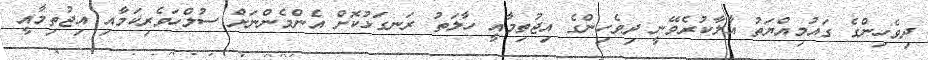
ދިވެހިންގެ ގައުމިއްޔަތު އާލާކުރެވޭނީ ދިވެހިންގެ އިޖުތިމާއީ ހާލަތު ރަނގަޅުކޮށް އެންމެންނަށް ސުލްހަވެރިކަމާއި އިޖުތިމާއީ